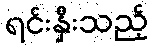
ရင်းနှီးသည့်